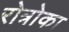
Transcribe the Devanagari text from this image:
रोत्रोका